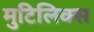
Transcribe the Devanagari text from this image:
मुटिलिक्स